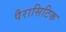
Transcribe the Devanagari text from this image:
पैरासिटिक